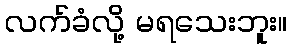
လက်ခံလို့ မရသေးဘူး။